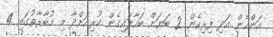
އަންހެން އަދި ފިރިހެން 2 ބަޔަށް ބަހާލައިގެން ކުރިއަށްދާ މި މުބާރާތުގައި 4